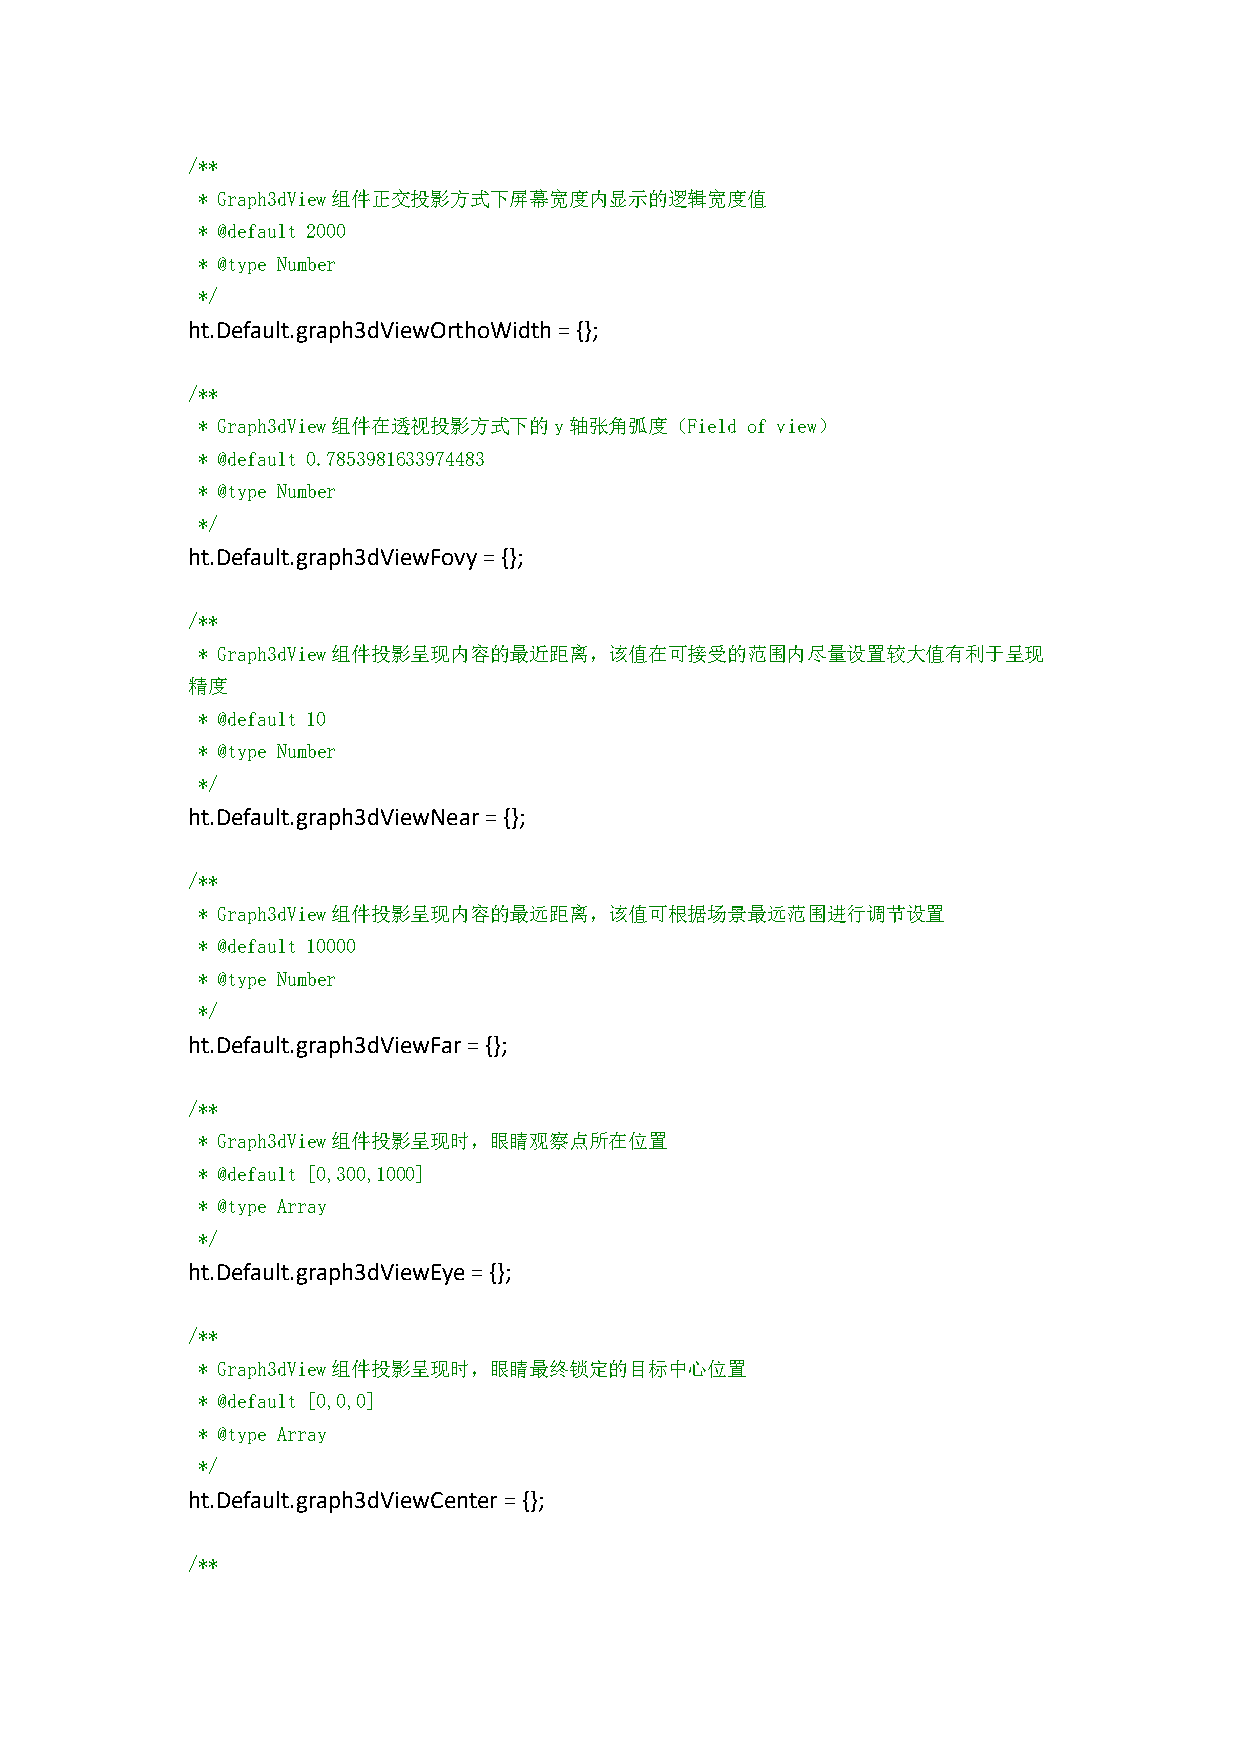
/**
 * Graph3dView组件正交投影方式下屏幕宽度内显示的逻辑宽度值
 * @default 2000
 * @type Number
 */
 ht.Default.graph3dViewOrthoWidth={};
 /**
 * Graph3dView组件在透视投影方式下的y轴张角弧度（Field of view）
 * @default 0.7853981633974483
 * @type Number
 */
 ht.Default.graph3dViewFovy={};
 /**
 * Graph3dView组件投影呈现内容的最近距离，该值在可接受的范围内尽量设置较大值有利于呈现
 精度
 * @default 10
 * @type Number
 */
 ht.Default.graph3dViewNear={};
 /**
 * Graph3dView组件投影呈现内容的最远距离，该值可根据场景最远范围进行调节设置
 * @default 10000
 * @type Number
 */
 ht.Default.graph3dViewFar={};
 /**
 * Graph3dView组件投影呈现时，眼睛观察点所在位置
 * @default [0,300,1000]
 * @type Array
 */
 ht.Default.graph3dViewEye={};
 /**
 * Graph3dView组件投影呈现时，眼睛最终锁定的目标中心位置
 * @default [0,0,0]
 * @type Array
 */
 ht.Default.graph3dViewCenter={};
 /**